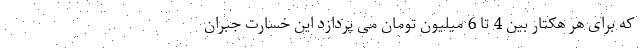
که برای هر هکتار بین 4 تا 6 میلیون تومان می پردازد این خسارت جبران